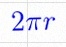
2\pi r